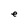
Character: e